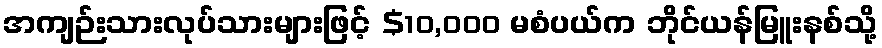
အကျဉ်းသားလုပ်သားများဖြင့် $10,000 မစံပယ်က ဘိုင်ယန်မြူးနစ်သို့